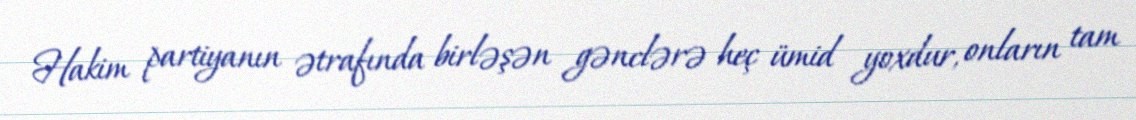
Hakim partiyanın ətrafında birləşən gənclərə heç ümid yoxdur, onların tam